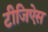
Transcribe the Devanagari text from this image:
टीजिऐस